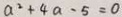
a ^ { 2 } + 4 a - 5 = 0